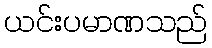
ယင်းပမာဏသည်